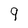
Character: g